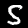
Label: 5